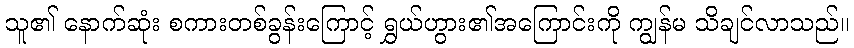
သူ၏ နောက်ဆုံး စကားတစ်ခွန်းကြောင့် ရွှယ်ဟွား၏အကြောင်းကို ကျွန်မ သိချင်လာသည်။